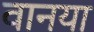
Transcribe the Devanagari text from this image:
वानया